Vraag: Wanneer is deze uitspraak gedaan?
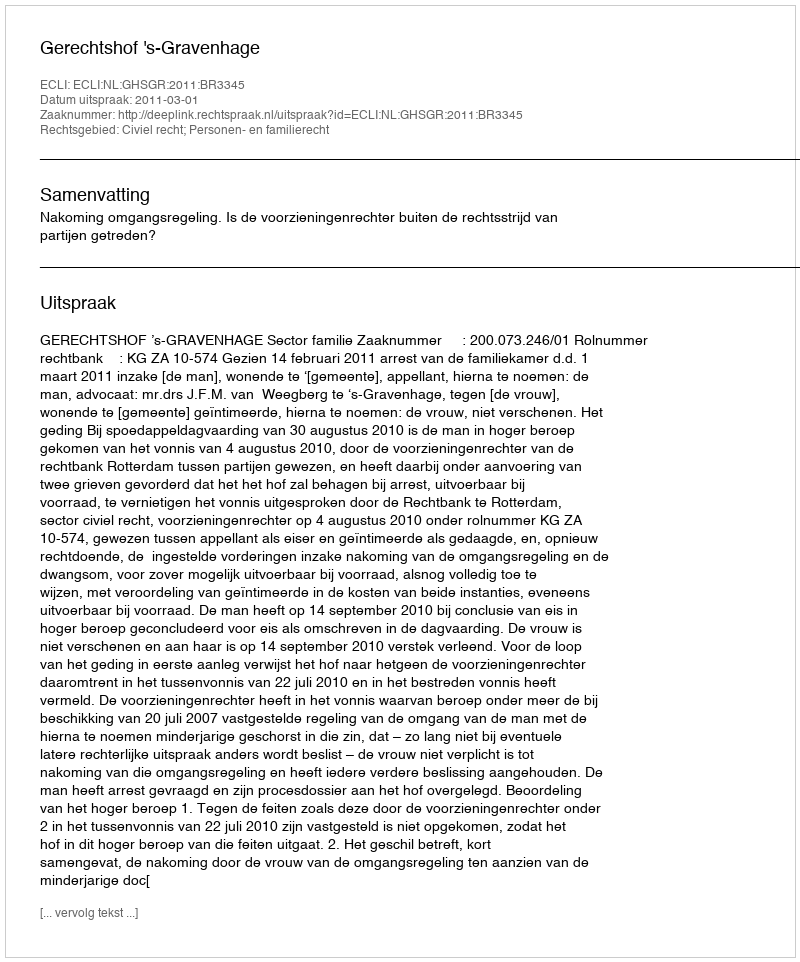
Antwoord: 2011-03-01